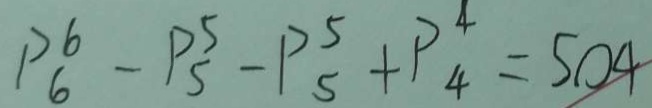
P _ { 6 } ^ { 6 } - P _ { 5 } ^ { 5 } - P _ { 5 } ^ { 5 } + P _ { 4 } ^ { 4 } = 5 0 4